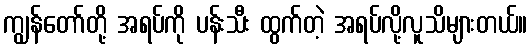
ကျွန်တော်တို့ အရပ်ကို ပန်းသီး ထွက်တဲ့ အရပ်လို့လူသိများတယ်။